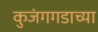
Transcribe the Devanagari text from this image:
कुजंगगडाच्या